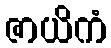
ဇာယိကံ